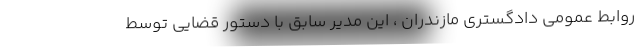
روابط عمومی دادگستری مازندران ، این مدیر سابق با دستور قضایی توسط